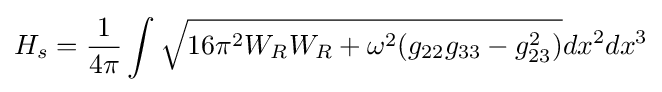
H_{s}={\frac {1}{4\pi }}\int {\sqrt {16\pi ^{2}W_{R}W_{R}+\omega ^{2}(g_{22}g_{33}-g_{23}^{2})}}dx^{2}dx^{3}